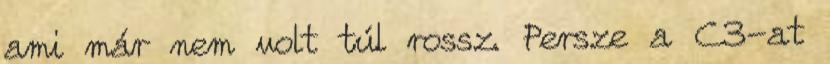
ami már nem volt túl rossz. Persze a C3-at